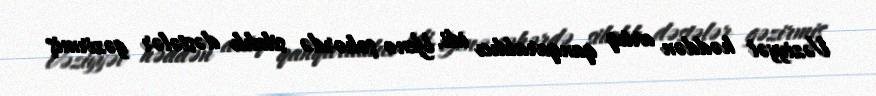
Vəziyyət həddən artıq qanqaraldıcı idi. Yenə şəhərdə silahlı dəstələr gəzirmiş